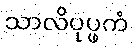
သာလိပုပ္ဖကံ